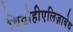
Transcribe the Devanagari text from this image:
विद्रोहीएलिज़ाबेथ